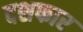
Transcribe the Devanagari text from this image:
दशफार